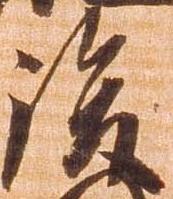
後